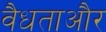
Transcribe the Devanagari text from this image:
वैधताऔर